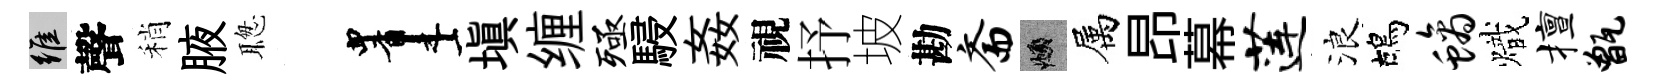
維聲稍腋聦画塡缠殛駸姦視抒坡勘斋頫属昂幕莲浪鴣螭熾擅甑